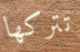
تتركها